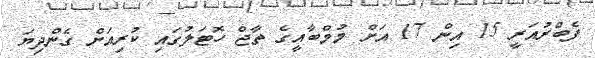
ފެބްރުއަރީ 15 އިން 17 އަށް މުމްބާއީގެ ތާޖް ހޮޓަލުގައި ކުރިއަށް ގެންދިޔަ